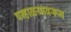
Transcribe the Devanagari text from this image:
पन्हाळयावरून